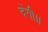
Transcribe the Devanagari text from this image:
देंगी।।